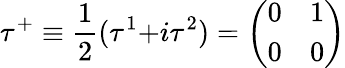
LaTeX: \tau^{+}\equiv{\frac{1}{2}}(\tau^{1}{+}i\tau^{2})={\left(\begin{array}{ll}{0}&{1}\\ {0}&{0}\end{array}\right)}